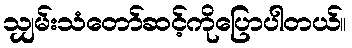
သျှမ်းသံတော်ဆင့်ကိုပြောပါတယ်။